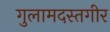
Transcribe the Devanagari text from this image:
गुलामदस्तगीर